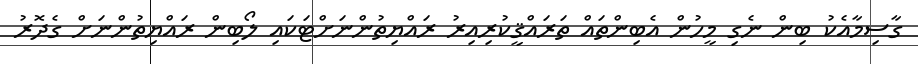
ގާސިމާއެކު ބިން ނެގި މީހުން އެބިންތައް ތަރައްޤީކުރިއިރު ރައްޔިތުންނަށްޓަކައި ލޯބިން ރައްޔިތުންނަށް ގެދޮރު